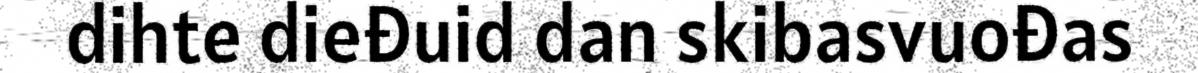
dihte dieđuid dan skibasvuođas